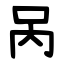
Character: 呙